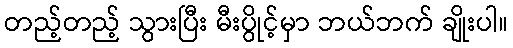
တည့်တည့် သွားပြီး မီးပွိုင့်မှာ ဘယ်ဘက် ချိုးပါ။